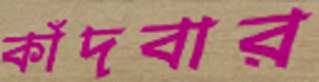
কাঁদবার